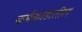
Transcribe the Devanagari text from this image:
कर्मकांडातील